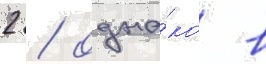
2 / одна́ко в